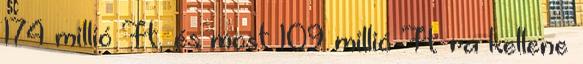
174 millió Ft, és most 109 millió Ft-ra kellene